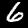
Digit: 6